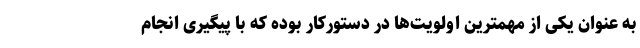
به عنوان یکی از مهمترین اولویت‌ها در دستورکار بوده که با پیگیری انجام